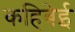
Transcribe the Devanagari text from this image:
कहिबेई